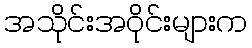
အသိုင်းအဝိုင်းများက